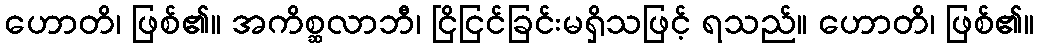
ဟောတိ၊ ဖြစ်၏။ အကိစ္ဆလာဘီ၊ ငြိငြင်ခြင်းမရှိသဖြင့် ရသည်။ ဟောတိ၊ ဖြစ်၏။